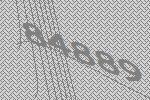
84889